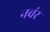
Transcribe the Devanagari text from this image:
नवंर